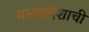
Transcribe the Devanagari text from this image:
मध्‍यप्रदेशाची